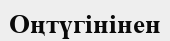
Оңтүгінінен